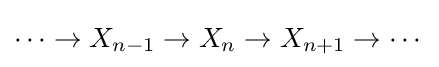
\cdots \to X_{n-1}\to X_{n}\to X_{n+1}\to \cdots